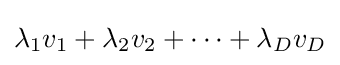
\lambda _{1}v_{1}+\lambda _{2}v_{2}+\cdots +\lambda _{D}v_{D}